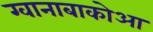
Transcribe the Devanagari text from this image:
ग्वानाबाकोआ